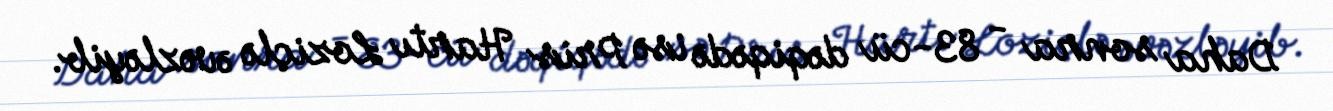
Daha sonra - 83-cü dəqiqədə isə Pris Hartı Loziçlə əvəzləyib.